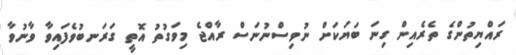
ރައްޔިތުންގެ ތެރެއިން ގިނަ ބަޔަކަށް ނުވިސްނުނަސް ރާއްޖެ މިވަގުތު އޮތީ ގަރަނބުވެފައިވާ ވާނުވާ